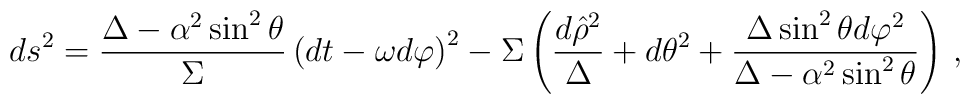
ds^{2} = \frac{\Delta -\alpha^{2}\sin^{2}\theta}{\Sigma}\left( dt -\omega d\varphi \right)^{2} -\Sigma \left(\frac{d\hat{\rho}^{2}}{\Delta} +d\theta^{2} +\frac{\Delta\sin^{2}\theta d\varphi^{2}}{\Delta-\alpha^{2}\sin^{2}\theta}\right)\, ,